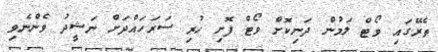
ތެރޭގައި ވޯޓް ލަމުން ދަނިކޮށް ވޯޓް ފޮށި ހުރި ސަރަހައްދަށް ނަޝީދު ވެންނެވި